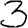
Digit: 3